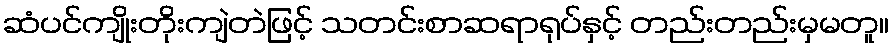
ဆံပင်ကျိုးတိုးကျဲတဲဖြင့် သတင်းစာဆရာရုပ်နှင့် တည်းတည်းမှမတူ။